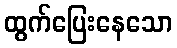
ထွက်ပြေးနေသော